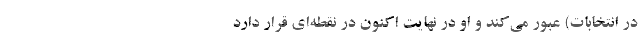
در انتخابات) عبور می‌کند و او در نهایت اکنون در نقطه‌ای قرار دارد